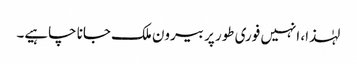
لہٰذا، انہیں فوری طور پر بیرون ملک جانا چاہیے۔